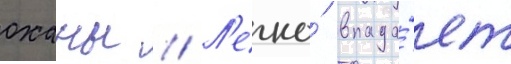
оханы // Л'егко́ впада́ет